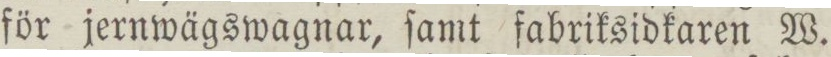
för jernwägswagnar, ſamt fabriksidkaren W.